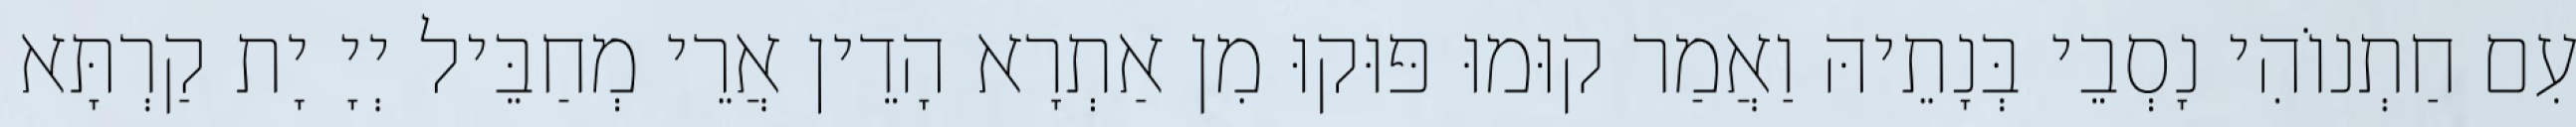
עִם חַתְנוֹהִי נָסְבֵי בְּנָתֵיהּ וַאֲמַר קוּמוּ פּוּקוּ מִן אַתְרָא הָדֵין אֲרֵי מְחַבֵּיל יְיָ יָת קַרְתָּא